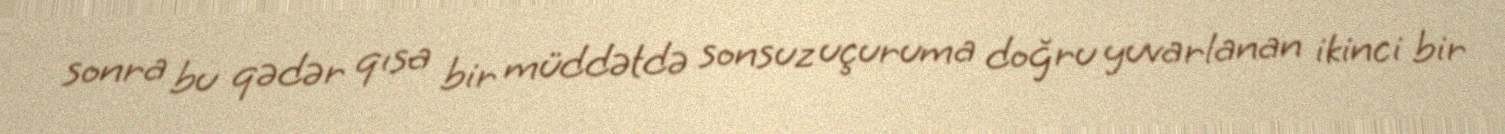
sonra bu qədər qısa bir müddətdə sonsuz uçuruma doğru yuvarlanan ikinci bir